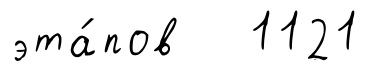
эта́пов 1121